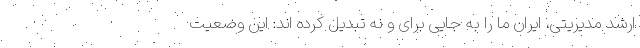
ارشد مدیریتی، ایران ما را به جایی برای و نه تبدیل کرده اند: این وضعیت